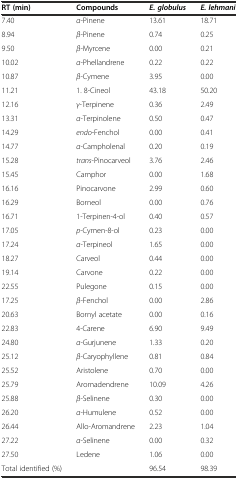
| RT (min) | Compounds | E. globulus | E. lehmani |
 | --- | --- | --- | --- |
 | 7.40 | α-Pinene | 13.61 | 18.71 |
 | 8.94 | β-Pinene | 0.74 | 0.25 |
 | 9.50 | β-Myrcene | 0.00 | 0.21 |
 | 10.02 | α-Phellandrene | 0.22 | 0.22 |
 | 10.87 | β-Cymene | 3.95 | 0.00 |
 | 11.21 | 1. 8-Cineol | 43.18 | 50.20 |
 | 12.16 | γ-Terpinene | 0.36 | 2.49 |
 | 13.31 | α-Terpinolene | 0.50 | 0.47 |
 | 14.29 | endo-Fenchol | 0.00 | 0.41 |
 | 14.77 | α-Campholenal | 0.20 | 0.19 |
 | 15.28 | trans-Pinocarveol | 3.76 | 2.46 |
 | 15.45 | Camphor | 0.00 | 1.68 |
 | 16.16 | Pinocarvone | 2.99 | 0.60 |
 | 16.29 | Borneol | 0.00 | 0.76 |
 | 16.71 | 1-Terpinen-4-ol | 0.40 | 0.57 |
 | 17.05 | p-Cymen-8-ol | 0.23 | 0.00 |
 | 17.24 | α-Terpineol | 1.65 | 0.00 |
 | 18.27 | Carveol | 0.44 | 0.00 |
 | 19.14 | Carvone | 0.22 | 0.00 |
 | 22.55 | Pulegone | 0.15 | 0.00 |
 | 17.25 | β-Fenchol | 0.00 | 2.86 |
 | 20.63 | Bornyl acetate | 0.00 | 0.16 |
 | 22.83 | 4-Carene | 6.90 | 9.49 |
 | 24.80 | α-Gurjunene | 1.33 | 0.20 |
 | 25.12 | β-Caryophyllene | 0.81 | 0.84 |
 | 25.52 | Aristolene | 0.70 | 0.00 |
 | 25.79 | Aromadendrene | 10.09 | 4.26 |
 | 25.88 | β-Selinene | 0.30 | 0.00 |
 | 26.20 | α-Humulene | 0.52 | 0.00 |
 | 26.44 | Allo-Aromandrene | 2.23 | 1.04 |
 | 27.22 | α-Selinene | 0.00 | 0.32 |
 | 27.50 | Ledene | 1.06 | 0.00 |
 | Total identified (%) |  | 96.54 | 98.39 |